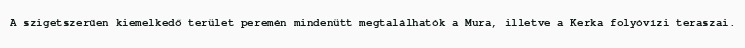
A szigetszerűen kiemelkedő terület peremén mindenütt megtalálhatók a Mura, illetve a Kerka folyóvízi teraszai.